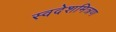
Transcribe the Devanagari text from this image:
स्वदेशमित्रण